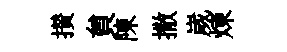
攅貟陳撒嵗煉